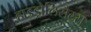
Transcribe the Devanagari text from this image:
हाइड्रोलिसेट्स